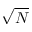
\sqrt { N }